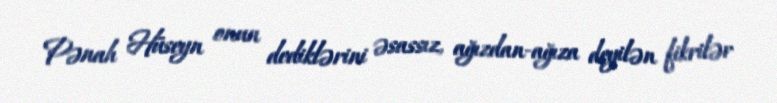
Pənah Hüseyn onun dediklərini əsassız, ağızdan-ağıza deyilən fikrilər